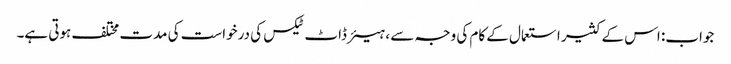
جواب: اس کے کثیر استعمال کے کام کی وجہ سے ، ہیئر ڈاٹ ٹیکس کی درخواست کی مدت مختلف ہوتی ہے۔